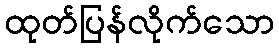
ထုတ်ပြန်လိုက်သော